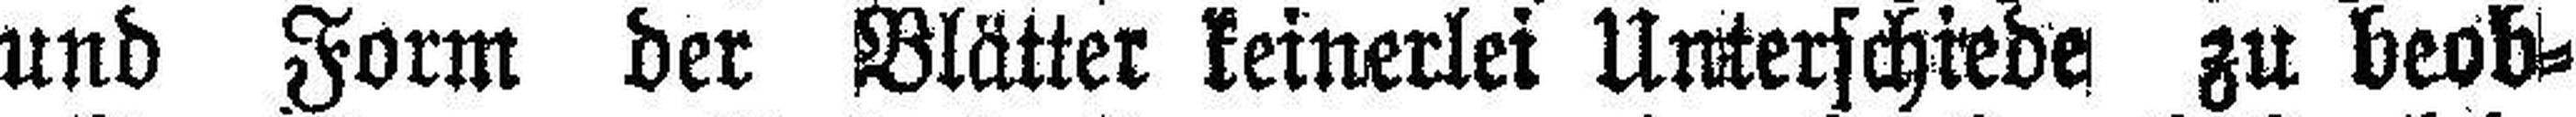
und Form der Blätter keinerlei Unterschiede zu beob¬